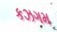
કઝગમ